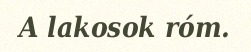
A lakosok róm.